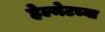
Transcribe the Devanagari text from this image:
हेल्मेटच्या